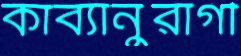
কাব্যানুরাগী